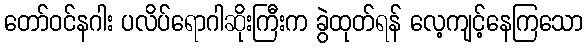
တော်ဝင်နဂါး ပလိပ်ရောဂါဆိုးကြီးက ခွဲထုတ်ရန် လေ့ကျင့်နေကြသော